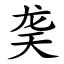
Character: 䶮